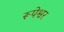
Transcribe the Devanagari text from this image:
रूपेश्वर